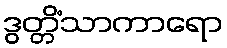
ဒွတ္တိံသာကာရော